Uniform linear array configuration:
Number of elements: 12
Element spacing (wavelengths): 0.25
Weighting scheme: uniform
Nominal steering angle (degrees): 60
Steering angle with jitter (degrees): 59.822
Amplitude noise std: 0.05
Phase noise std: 0.05

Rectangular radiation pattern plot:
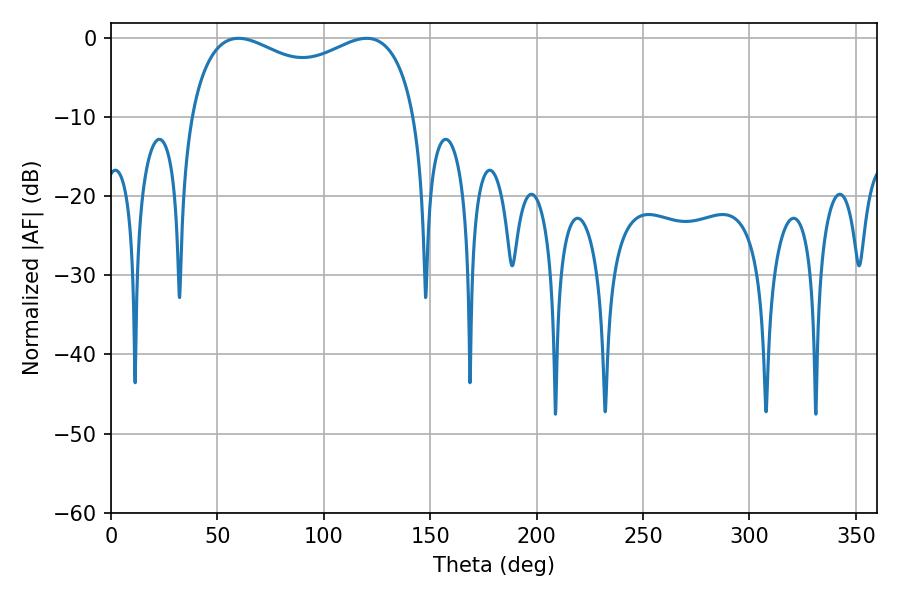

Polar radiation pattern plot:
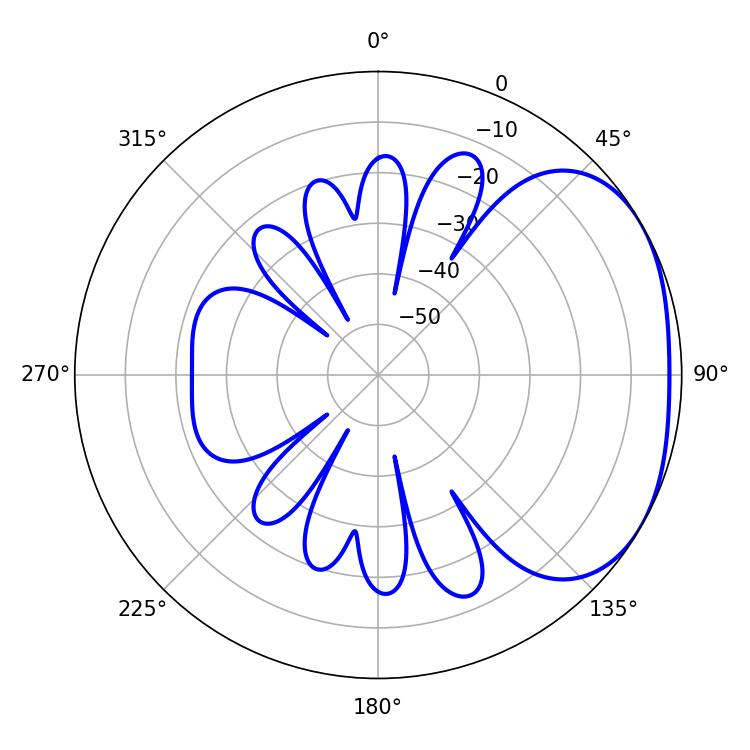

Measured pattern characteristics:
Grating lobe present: FALSE
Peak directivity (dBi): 2.444
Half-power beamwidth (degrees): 88.2
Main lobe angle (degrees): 59.94